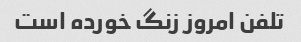
تلفن امروز زنگ خورده است